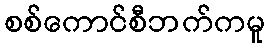
စစ်ကောင်စီဘက်ကမူ